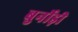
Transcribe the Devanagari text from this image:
बुर्नोड़ी